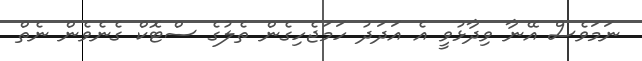
ނަމަވެސް އޭނާ ވިދާޅުވީ އެ އަދަދު ހަމަޖެހިގެން ތެލުގެ ސްޓޮކް ގެނެވެން ނެތް